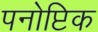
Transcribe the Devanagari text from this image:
पनोप्टिक